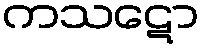
ကသဋော